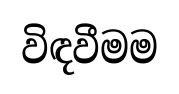
විඳවීමම